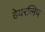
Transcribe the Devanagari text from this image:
हेयरलिप